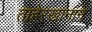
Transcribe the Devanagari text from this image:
ताहेरखानाने